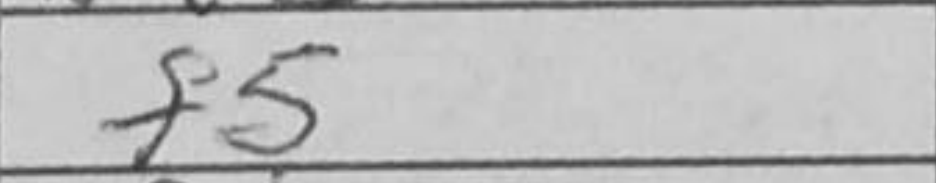
Transcription: f5